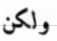
ولكن